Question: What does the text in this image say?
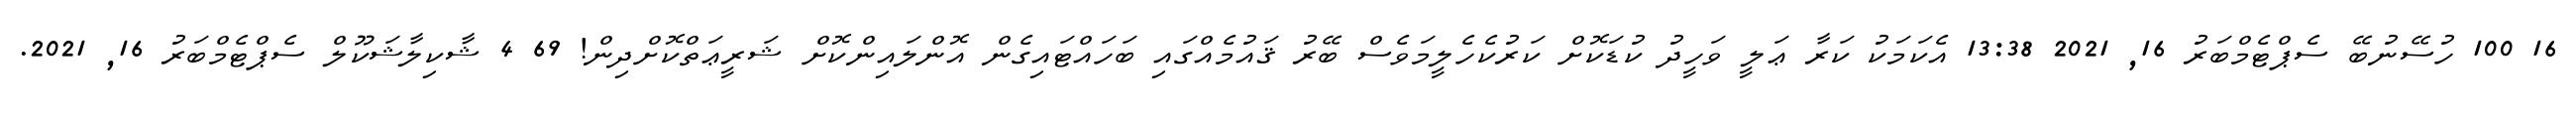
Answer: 16 100 ހުސޭނުބޭ ސެޕްޓެމްބަރު 16, 2021 13:38 އެކަމަކު ކަރާ ޢަލީ ވަހީދު ކުޑަކޮށް ކަރުކެހެލީމަވެސް ބޭރު ޤައުމެއްގައި ބަހައްޓައިގެން އޮންލައިންކޮށް ޝަރީޢަތްކޮށްދިން! 69 4 ޝާކިލާޝަކޫލް ސެޕްޓެމްބަރު 16, 2021.